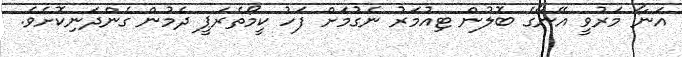
އަނާ މަރުވީ އޭނާގެ ބޮލުން ޓިއުމަރު ނެގުމަށް ފަހު ކީމޯތެރަޕީ ދެމުން ގެންދަނިކޮށެވެ.